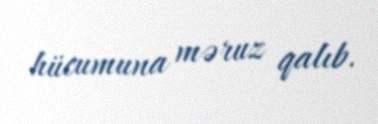
hücumuna məruz qalıb.